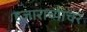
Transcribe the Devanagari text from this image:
हजाराच्याचर